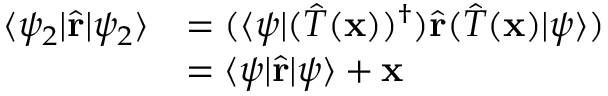
{ \begin{array} { r l } { \langle \psi _ { 2 } | { \hat { \mathbf { r } } } | \psi _ { 2 } \rangle } & { = ( \langle \psi | ( { \hat { T } } ( \mathbf { x } ) ) ^ { \dagger } ) { \hat { \mathbf { r } } } ( { \hat { T } } ( \mathbf { x } ) | \psi \rangle ) } \\ & { = \langle \psi | { \hat { \mathbf { r } } } | \psi \rangle + \mathbf { x } } \end{array} }